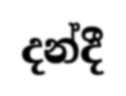
දන්දී